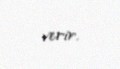
verir.